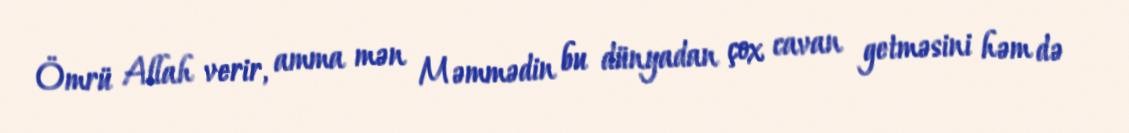
Ömrü Allah verir, amma mən Məmmədin bu dünyadan çox cavan getməsini həm də